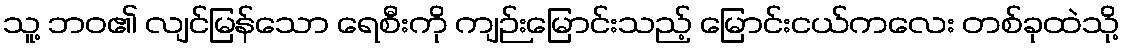
သူ့ ဘဝ၏ လျင်မြန်သော ရေစီးကို ကျဉ်းမြောင်းသည့် မြောင်းငယ်ကလေး တစ်ခုထဲသို့